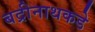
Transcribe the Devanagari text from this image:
बद्रीनाथकडे